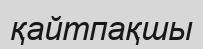
қайтпақшы